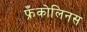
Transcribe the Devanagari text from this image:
फ्रँकोलिनस